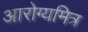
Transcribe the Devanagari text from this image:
आरोग्यमित्र